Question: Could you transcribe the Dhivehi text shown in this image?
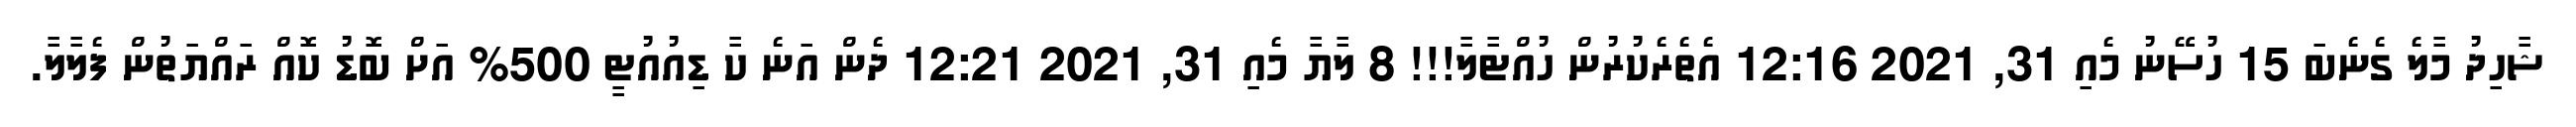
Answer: ޝާހިދު މާލެ ގެނެބަ 15 ހުސޭނު މެއި 31, 2021 12:16 އެތެރެކުރުން ހުއްޓާލާ!!! 8 ލާޔާ މެއި 31, 2021 12:21 ދެން އަނެ ކާ ޑިއުއުޓީ 500% އަށް ބޮޑު ކޮއް ރައްޔަތުން ފެލާލާ.